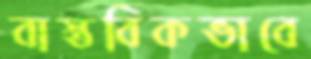
বাস্তবিকভাবে